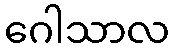
ဂေါသာလ